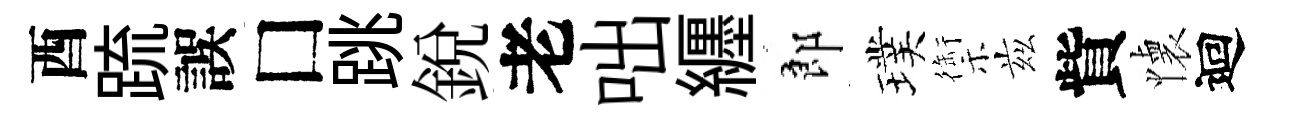
酉䟽誤□跳銳老咄纒郎璞禦兹貲懐迴